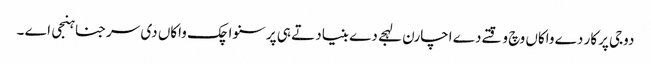
دوجی پرکار دے واکاں وچ وقتے دے اچارن لہجے دے بنیاد تے ہی پرسنواچک واکاں دی سرجنا ہنجی اے ۔